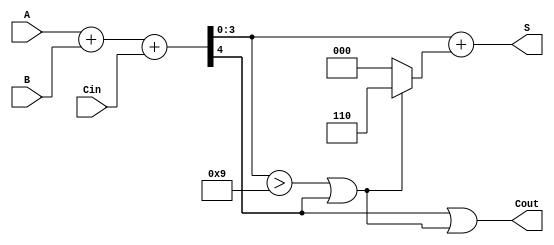
module BCD_Fast_Adder (
    input [3:0] A,    // 4-bit BCD number A
    input [3:0] B,    // 4-bit BCD number B
    input Cin,        // Carry-in
    output [3:0] S,   // 4-bit BCD sum
    output Cout       // Carry-out
);

    // Intermediate signals
    wire [4:0] Sum;          // 5-bit to hold the sum including carry
    wire Cout_int;           // Internal carry-out from binary addition
    wire [3:0] Corrected_Sum;// Sum after correction
    wire Correction_Required; // Flag to indicate if correction is needed

    // Binary Adder
    assign Sum = A + B + Cin; // Perform binary addition
    assign Cout_int = Sum[4]; // Internal carry-out

    // Check if correction is needed (Sum > 9 or Cout_int = 1)
    assign Correction_Required = (Sum[3:0] > 4'b1001) || Cout_int;

    // Corrected Sum calculation
    assign Corrected_Sum = Sum[3:0] + (Correction_Required ? 4'b0110 : 4'b0000);
    
    // Final outputs
    assign S = Corrected_Sum; // Final BCD result
    assign Cout = Cout_int || Correction_Required; // Final carry-out

endmodule